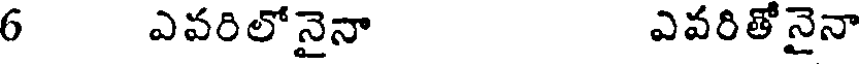
6 ఎవరిలోనైనా ఎవరితోనైనా